King Institute of Preventive Medicine Bacteriolog. Section reports 1907-08
Year: 1907
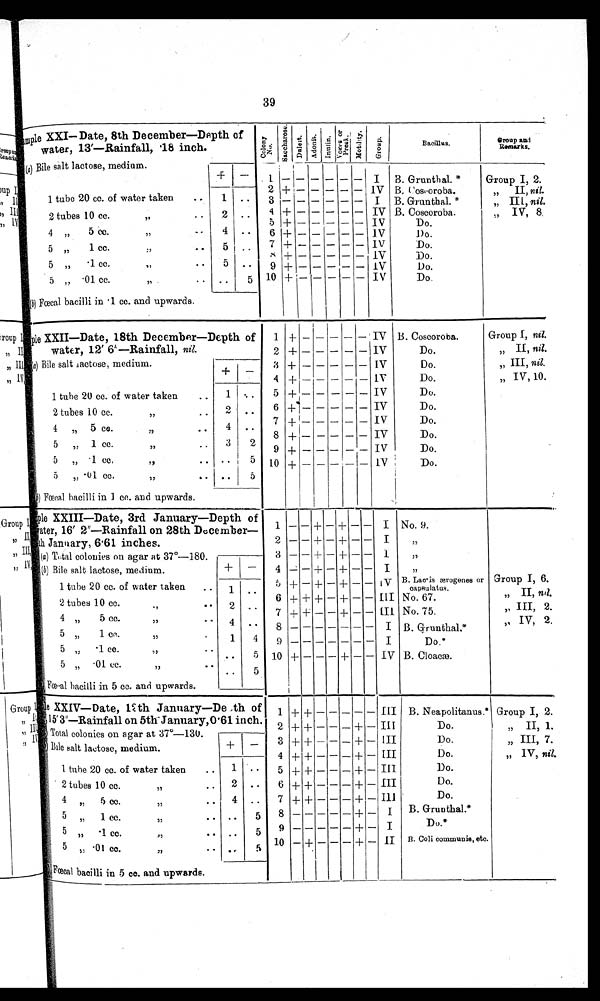
39
Sample XXI— Date, 8th December—Depth of
water, 13'—Rainfall, '18 inch.
c o l o n y
N o s a c c c h a r o s e
D e l u t e
A d o n i t
I n u n l i o n V o r k s a n d p r o s k
M o d i l
y
G r o u p s
Bacillus.
G r o u p a n d R e m a r k s .
1(a ) Bile salt lactose, medium.
1
I
I B. Grunthal. *
Group I, 2.
2 +
IV B, Coscoroba.
„ II, nil.
1 tube 20 cc. of water taken
1
. . 3
I B. Grunthal. *
„ III, nil.
2 tubes 10 cc.
,, ..
2
..
4
5
+
+
IV
I V
B. Coscoroba.
Do.
,, IV, 8.
4 „
5 cc.
, ,
— 4 .. 6 +
I
.1)o.
5 „
1 cc.
:,
5
. .
7 8 +
+
IV
IV
Do.
Do.
5 „ . .1 cc.
,, ..
5 .. 9 +
1V
Do.
5 „ • 01 cc.
, ,
. .
(b) Fœcal bacilli in .1 cc. and upwards.
..
5 10 + i
IV
Do.
.....—
S a m p l e
X X I I — D a t e ,
1 8 t h D e c e m b e r — D e p t h o f 1 + — — — — — IV B. Coscoroba.
Group I, nil.
water, 12' 6".—Rainfall, nil.
2 -I-
IV
Do.
„ II, nil.
a)
Bile salt lactose, medium.
3 +
IV
Do.
„ III, nil
—
4 + — — — — — IV
Do.
„ IV, 10.
1 tube 20 cc. of water taken
..
1 . .
5 +
IV
Do.
2 tubes 10 cc.
,,
.
. . • 6 +1
IV
Do.
4 , 5 cc.
.. • 4 .. 7 +
+
IV
IV
Do.
Do.
5 „ 1 cc.
)1
. .
3 2 9 +
IV
Do.
5
„ •1 cc,
,.,
• •
. . •
5 10 + — — — — — IV
Do.
•
_
D
"
. 01 cc.
,,
.. . .
5
(b)
Fœcal bacilli in 1 cc. and upwards.
Sam ple XXIII—Date, 3rd January—Depth of 1 — — + — — I NO. 9.
Water, 16' 2"—Rainfall on 28th December—
th January, 6 .61 inches.
II (a) T,.tal colonies on agar at 37°-180.
2
3
—
— —
— —
+
+
+
—
—
+
+
—
—
—
—
I
1
;
,,
IV,.' (b) Bile salt lactose, medium.
+ — 4 --= — + — + — — I
„
1 tube 20 CC. of water taken. ..
f- i
6
+ —
+
+ --
—
+ —
—
_
—
i v
III
B. Lactis ærogenes or
capsulatus.
No. 67.
Group I, 6.
„ II, ntl.
1 • •
2 tubes 10 cc.
•,
• ..
4 „
5 cc.
",
• •
2
4
. . • 7
+
+ +
+
— —
+
+ — — CII. No. 75.
,,III, 2.
IV, 2,
.• 8 — — — — — — — I B. G.runthal.*
„
5„
1 cc
"
'
1
4 9 _ _ _ ____ _ ____ _ I
Do.*
5 „ -1 cc.
,,
. . . .
5 1.0 +- - - -- IV B. Cloacæ.
5
. 01 ec.
..
»
»
. . . .
(b) Fœcal bacilli in 5 cc. and upwards.
S a m p l e
X X I V — D a t e ,
l a h J a n u a r y — D e
II 15' 3"—Rainfall on 5th-January,
111 Total
.th of
0'61 inch.
1
2
+ +
+ +
—
—
—
—
— — —
— + —
III
III
B. Neapolitanus.*
Do.
Group I, 2.
„ II, 1.
il
colonies on agar at 37°-130.
1Bile salt lactose, medium.
+ — 3 + - - -+— III
Do.
„ III, 7.
4 + + — — — + — III
Do.
„ IV, nil.
1 tube 20 cc. of water taken
.. 1 .. .. 5 + + — — — + — III
Do.
. 2 tubes 10 cc.
2 .. 6
'1
. . •
+ -4- — — — + — III
Do.
4 „ s cc.
»
.. 4 . . 7
ti
5 ,, 1 cc.
»
.. , , 5 8
+ + — — — + —
+ —
Ill
1
Do.
B. Grunthal.*
5
'1 CC.
. .
5 9
..
+ — I
Do.*
,)
„ .0 1 CC.
,
10
•
•
. ,
5
— + — — — + — II B. Coll commmunis, etc.
( b )F
œ c a l b a c i l l i i n 5 c c .
a n d u p w a r d s .
rc